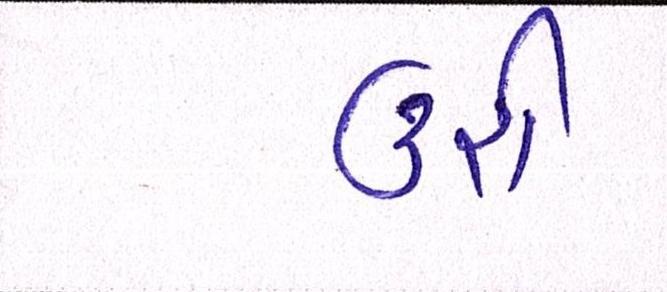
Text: ઉરી